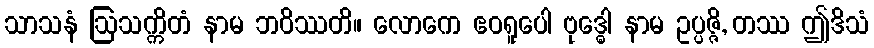
သာသနံ ဩသက္ကိတံ နာမ ဘဝိဿတိ။ လောကေ ဧဝရူပေါ ဗုဒ္ဓေါ နာမ ဥပ္ပဇ္ဇိ, တဿ ဤဒိသံ